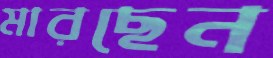
মারছেন